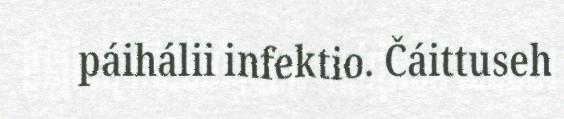
páihálii infektio. Čáittuseh